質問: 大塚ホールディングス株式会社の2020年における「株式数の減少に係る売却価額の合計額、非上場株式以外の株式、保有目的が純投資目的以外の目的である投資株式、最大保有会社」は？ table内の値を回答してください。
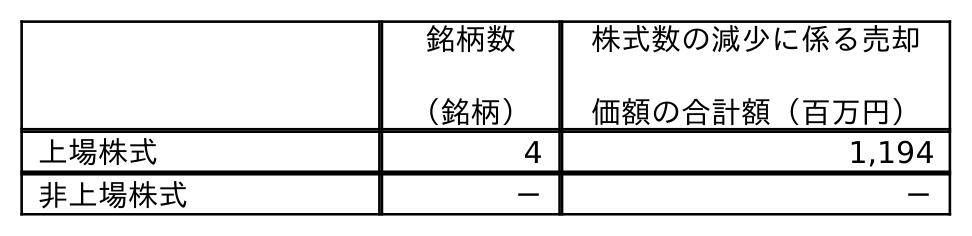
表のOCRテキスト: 銘柄数 （銘柄） 株式数の減少に係る売却 価額の合計額（百万円） 上場株式 4 1,194 非上場株式 － －
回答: －